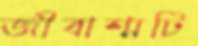
জীবাশ্মটি